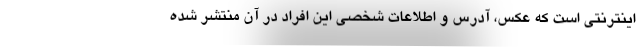
اینترنتی است که عکس، آدرس و اطلاعات شخصی این افراد در آن منتشر شده